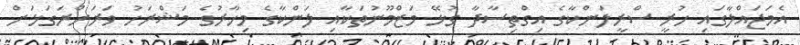
އެމަޖައްލާގައި ހުރީ ސްރީލަންކާގެ އިގްތިސާދާ ގުޅޭ މަޒްމޫނުތަކާއި ލަންކާގެ މިހާރުގެ މަޝްރަހު ވަރަށްރަގަޅަށް